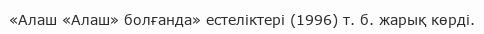
«Алаш «Алаш» болғанда» естеліктері (1996) т. б. жарық көрді.